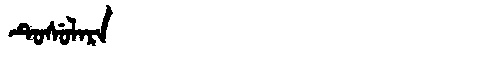
Manchu: ᡨᡠᠰᡠᠯᠠᡵᠠ
Romanization: TUSULARA